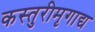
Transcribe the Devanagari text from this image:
कस्तुरीमृगाद्य